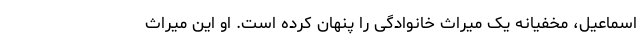
اسماعیل، مخفیانه یک میراث خانوادگی را پنهان کرده است. او این میراث